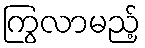
ကြွလာမည့်